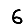
Digit: 6